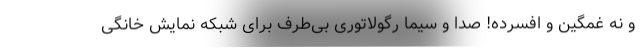
و نه غمگین و افسرده! صدا و سیما رگولاتوری بی‌طرف برای شبکه نمایش خانگی